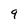
Character: 9